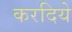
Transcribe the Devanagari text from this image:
करदिये